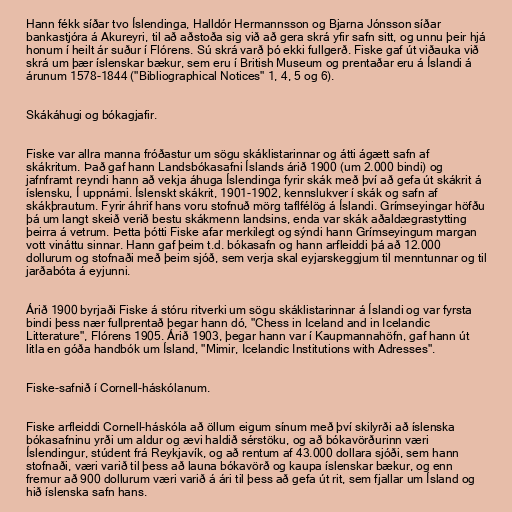
Hann fékk síðar tvo Íslendinga, Halldór Hermannsson og Bjarna Jónsson síðar
bankastjóra á Akureyri, til að aðstoða sig við að gera skrá yfir safn sitt, og unnu þeir hjá
honum í heilt ár suður í Flórens. Sú skrá varð þó ekki fullgerð. Fiske gaf út viðauka við
skrá um þær íslenskar bækur, sem eru í British Museum og prentaðar eru á Íslandi á
árunum 1578-1844 ("Bibliographical Notices" 1, 4, 5 og 6).

Skákáhugi og bókagjafir.

Fiske var allra manna fróðastur um sögu skáklistarinnar og átti ágætt safn af
skákritum. Það gaf hann Landsbókasafni Íslands árið 1900 (um 2.000 bindi) og
jafnframt reyndi hann að vekja áhuga Íslendinga fyrir skák með því að gefa út skákrit á
íslensku, Í uppnámi. Íslenskt skákrit, 1901-1902, kennslukver í skák og safn af
skákþrautum. Fyrir áhrif hans voru stofnuð mörg taflfélög á Íslandi. Grímseyingar höfðu
þá um langt skeið verið bestu skákmenn landsins, enda var skák aðaldægrastytting
þeirra á vetrum. Þetta þótti Fiske afar merkilegt og sýndi hann Grímseyingum margan
vott vináttu sinnar. Hann gaf þeim t.d. bókasafn og hann arfleiddi þá að 12.000
dollurum og stofnaði með þeim sjóð, sem verja skal eyjarskeggjum til menntunnar og til
jarðabóta á eyjunni.

Árið 1900 byrjaði Fiske á stóru ritverki um sögu skáklistarinnar á Íslandi og var fyrsta
bindi þess nær fullprentað þegar hann dó, "Chess in Iceland and in Icelandic
Litterature", Flórens 1905. Árið 1903, þegar hann var í Kaupmannahöfn, gaf hann út
litla en góða handbók um Ísland, "Mimir, Icelandic Institutions with Adresses".

Fiske-safnið í Cornell-háskólanum.

Fiske arfleiddi Cornell-háskóla að öllum eigum sínum með því skilyrði að íslenska
bókasafninu yrði um aldur og ævi haldið sérstöku, og að bókavörðurinn væri
Íslendingur, stúdent frá Reykjavík, og að rentum af 43.000 dollara sjóði, sem hann
stofnaði, væri varið til þess að launa bókavörð og kaupa íslenskar bækur, og enn
fremur að 900 dollurum væri varið á ári til þess að gefa út rit, sem fjallar um Ísland og
hið íslenska safn hans.